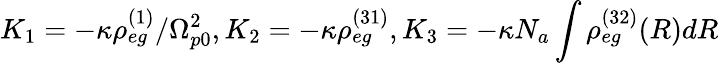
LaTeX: K_{1}=-{\kappa\rho_{eg}^{(1)}}/{\Omega_{p0}^{2}},K_{2}=-\kappa\rho_{eg}^{(31)},K_{3}=-\kappa N_{a}\int\rho_{eg}^{(32)}({R})d{R}